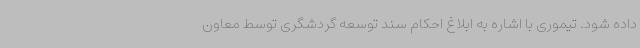
داده شود. تیموری با اشاره به ابلاغ احکام سند توسعه گردشگری توسط معاون